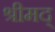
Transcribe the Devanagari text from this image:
श्रीमद्‌